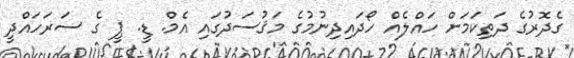
ގެދޮރުގެ ދަތިކަމަށް ހައްލެއް ހޯދައިދިނުމުގެ މަޤުސަދުގައި އެމް. ޑީ. ޕީ ގެ ސަރަހައްދީ